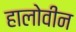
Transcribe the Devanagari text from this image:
हालोवीन